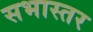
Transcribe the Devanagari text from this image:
सभास्तर